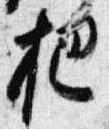
把